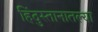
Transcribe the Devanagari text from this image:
हिंदुस्तानातल्या